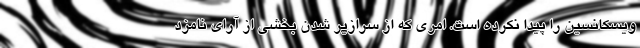
ویسکانسین را پیدا نکرده است. امری که از سرازیر شدن بخشی از آرای نامزد